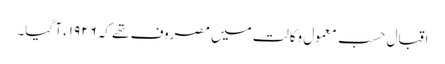
اقبال حسبِ معمول وکالت میں مصروف تھے کہ ١٩٢٦ء آ گیا۔